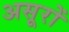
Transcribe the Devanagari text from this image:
असूरों